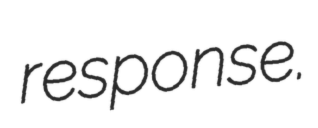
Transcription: response.